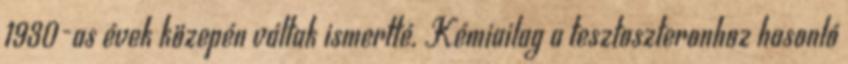
1930-as évek közepén váltak ismertté. Kémiailag a tesztoszteronhoz hasonló